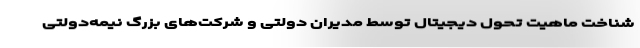
شناخت ماهیت تحول دیجیتال توسط مدیران دولتی و شرکت‌های بزرگ نیمه‌دولتی